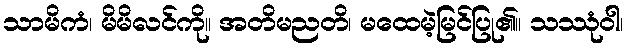
သာမိကံ၊ မိမိလင်ကို။ အတိမညတိ၊ မထေမဲ့မြင်ပြု၏။ သဿုံဝါ၊